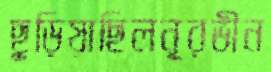
ছুড়িয়াছিলনূরভীন